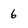
Character: 6